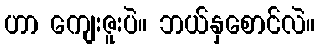
ဟာ ကျေးဇူးပဲ။ ဘယ်နှစောင်လဲ။